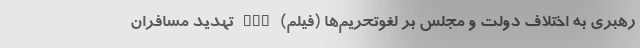
رهبری به اختلاف دولت و مجلس بر لغوتحریم‌ها (فیلم) nan تهدید مسافران